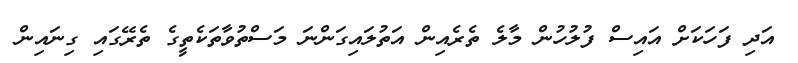
އަދި ފަހަކަށް އައިސް ފުލުހުން މާލެ ތެރެއިން އަތުލައިގަންނަ މަސްތުވާތަކެތީގެ ތެރޭގައި ގިނައިން